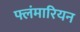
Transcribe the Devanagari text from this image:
फ्लंमारियन